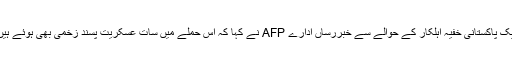
ایک پاکستانی خفیہ اہلکار کے حوالے سے خبررساں ادارے AFP نے کہا کہ اس حملے میں سات عسکریت پسند زخمی بھی ہوئے ہیں۔